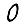
Digit: 0